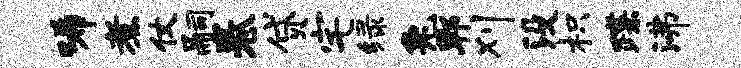
唏煮仗嗣卷贷宅绿兔郫刈没枳蹀沸